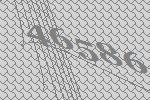
46586